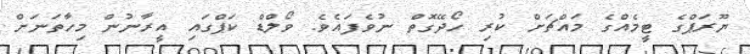
ޔޫރަޕްގެ ޓީމެއްގެ މައްޗަށް ކުރި ހޯދޭގޮތް ނުވެފައެވެ. ވޯލްޑް ކަޕްގައި އީރާނުން މިހާތަނަށް